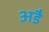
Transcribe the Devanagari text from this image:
अडै